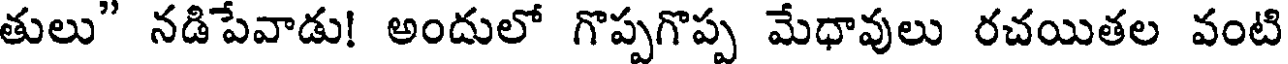
తులు" నడిపేవాడు! అందులో గొప్పగొప్ప మేధావులు రచయితల వంటి